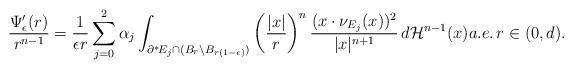
LaTeX: \begin{align*} \frac{\Psi^\prime_\epsilon(r)}{r^{n-1}} = \frac{1}{\epsilon r} \sum^2_{j=0}\alpha_j \int_{\partial^*\!E_j\cap(B_r \setminus B_{r(1-\epsilon)})} \left( \frac{|x|}{r} \right)^n \frac{(x\cdot \nu_{E_j}(x))^2}{|x|^{n+1}} \, d\mathcal{H}^{n-1}(x) a.e.\, r\in(0,d).\end{align*}